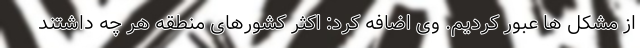
از مشکل ها عبور کردیم. وی اضافه کرد: اکثر کشورهای منطقه هر چه داشتند